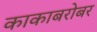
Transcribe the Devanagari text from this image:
काकाबरोबर